Annual report on the health of the army in India
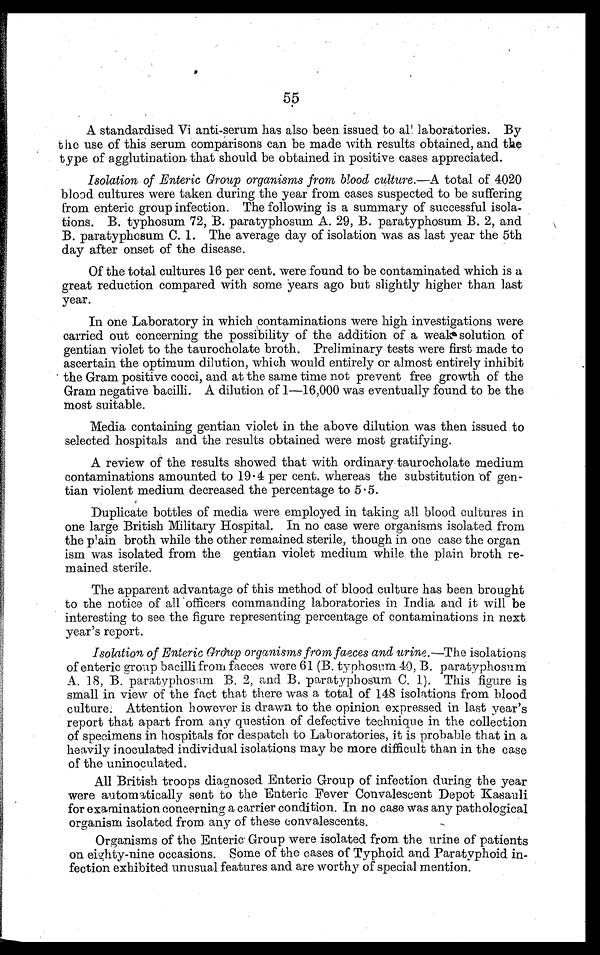
55
A standardised Vi anti-serum has also been issued to all laboratories. By
the use of this serum comparisons can be made with results obtained, and the
type of agglutination. that should be obtained in positive cases appreciated.
Isolation of Enteric Group organisms from blood culture.— A total f 4020
blood cultures were taken during the year from cases suspected to be suffering
from enteric group infection. The following is a summary of successful isola-
tions. B. typhosum 72, B. paratyphosum A. 29, B. paratyphosum B. 2, and
B. Paratyphoid C. 1. The average day f isolation was as last year the 5th
day after onset of the disease.
Of the total cultures 16 per cent. were found to be contaminated which is a
great reduction compared with some years ago but slightly higher than last
year.
In one Laboratory in which contaminations were high investigations were
carried out concerning the possibility f the addition of a weak solution of
gentian violet to the taurocholate broth. Preliminary tests were first made to
ascertain the optimum dilution, which would entirely or almost entirely inhibit
the Gram positive cocci, and at the same time not prevent free growth of the
Gram negative bacilli. A dilution of 1—16,000 was eventually found to be the
most suitable.
Media containing gentian violet in the above dilution was then issued to
selected hospitals and the results obtained were most gratifying.
A r e v i e w o f t h e r e s u l t s s h o we d t h a t wi t h o r d i n a r y t a u r o c h o l a t e me d i u m
contaminations amounted to 19 . 4 per cent. whereas the substitution Òf gen-
- t i a n v i o l e n t m e d i u m d e c r e a s e d t h e p e r c e n t a g e t o 5 . 5 .
Duplicate bottles of media were employed in taking all blood cultures in
one large British Military Hospital. In no case were organisms isolated from
the plain broth while the other remained sterile, though in one case the organ
ism was isolated from the gentian violet medium while the plain broth re-
mained sterile.
The apparent advantage of this method of blood culture has been brought
to the notice f all officer commanding laboratories in India and it will be
interesting to see the figure representing percentage of contaminations in next
year's report.
Isolation of Enteric GrÒup organisms from faeces and urine. —The isolations
of enteric group bacilli from faeces were 61 (B. typhosum 40, B. paratyphosum
A. 18, B. paratyphostirn B. 2, and. B. paratyphosum C. 1). This figure is
small in view of the fact that there was a total of 148 isolations from blood
culture. Attention however is drawn to the opinion expressed in last year's
report that apart from any question of defective technique in the collection
of specimens in hospitals for despatch to Laboratories, it is probable that in a
heavily inoculated individual isolations may be more difficult than in the case
of the uninocuiated.
All British troops diagnosed Enteric Group of infection during the year
were automatically sent to the Enteric Fever Convalescent Depot Kasauli
for examination concerning a carrier condition. In no case was any pathological
organism isolated from any of these convalescents.
Organisms of the Enteric Group were isolated from the urine of patients
on eighty-nine occasions. Some of the cases of Typhoid and Paratyphoid in-
fection exhibited unusual features and are worthy of special mention.